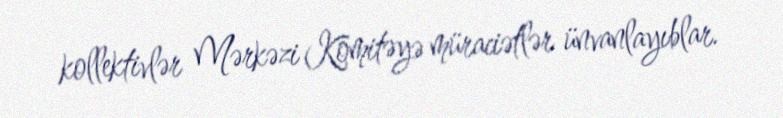
kollektivlər Mərkəzi Komitəyə müraciətlər ünvanlayıblar.